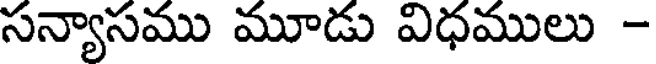
సన్యాసము మూడు విధములు -